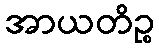
အာယတိဉ္စ